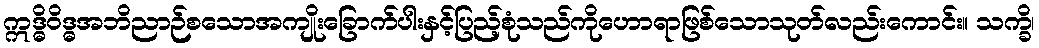
ဣဒ္ဓိဝိဒ္ဓအဘိညာဉ်စသောအကျိုးခြောက်ပါးနှင့်ပြည့်စုံသည်ကိုဟောရာဖြစ်သောသုတ်လည်းကောင်း။ သက္ခိ၊